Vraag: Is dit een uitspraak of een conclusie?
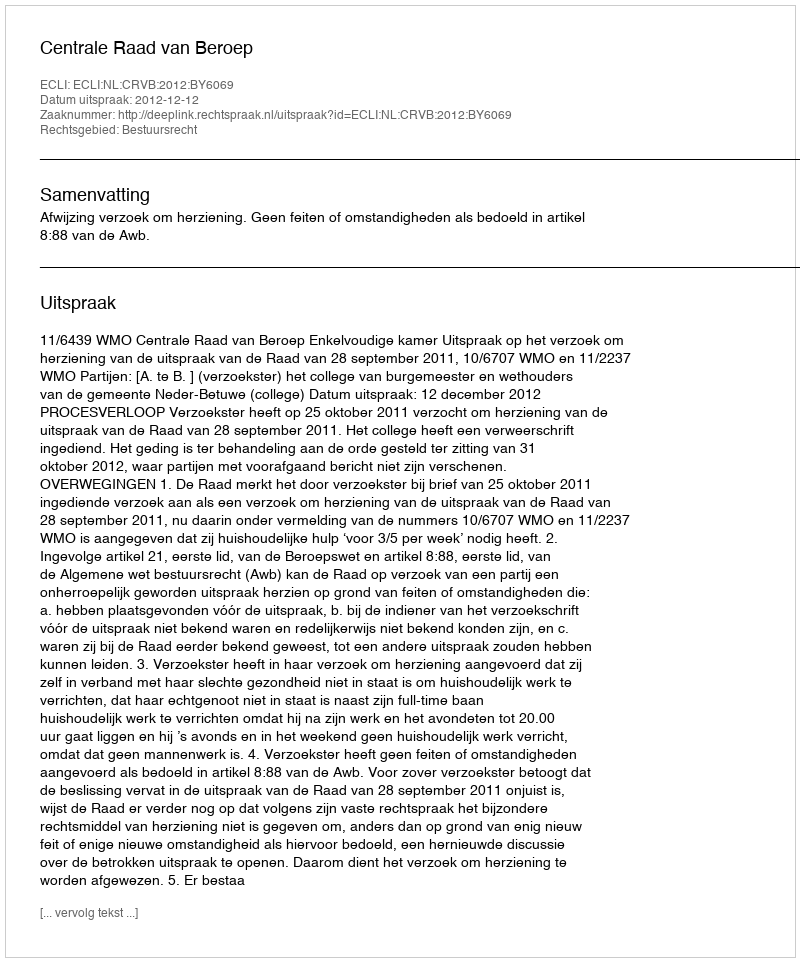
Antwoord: Uitspraak